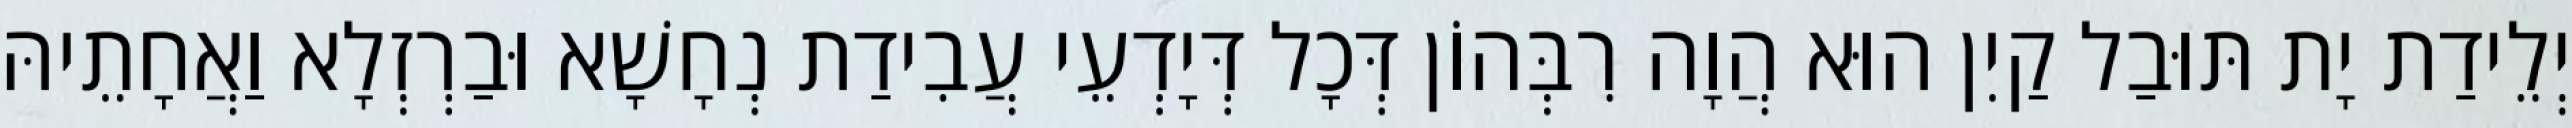
יְלֵידַת יָת תּוּבַל קַיִן הוּא הֲוָה רִבְּהוֹן דְּכָל דְּיָדְעֵי עֲבִידַת נְחָשָׁא וּבַרְזְלָא וַאֲחָתֵיהּ